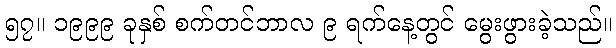
၅၇။ ၁၉၉၉ ခုနှစ် စက်တင်ဘာလ ၉ ရက်နေ့တွင် မွေးဖွားခဲ့သည်။